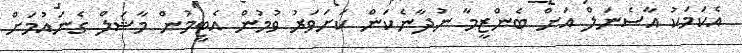
އެކަމަކު އާސެނަލް އަށް ބެންޒީމާ ނުދާނެކަން ކަށަވަރު ވުމުން އެޓީމުން މާޝަލް ގެނައުމަށް